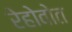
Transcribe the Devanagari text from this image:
रेहोवोत